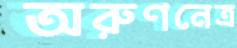
অরুণনেত্র